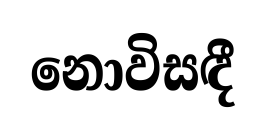
නොවිසඳී